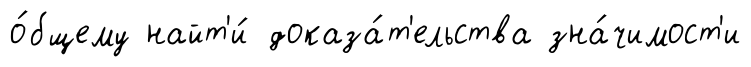
о́бщему найт'и́ доказа́т'ельства зна́чимост'и